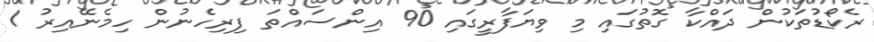
ރެކޯޑުތަކުން ދައްކާ ގޮތުގައި މި ވިޔަފާރީގައި 90 އިންސައްތަ ފިރިހެނުން ހިމެނޭއިރު 1